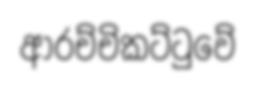
ආරච්චිකට්ටුවේ